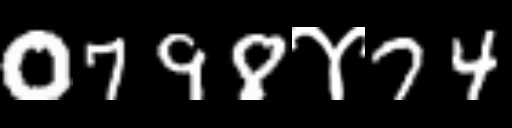
Text: 0798४74